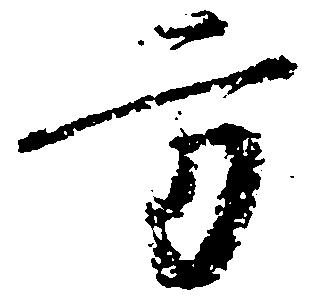
方